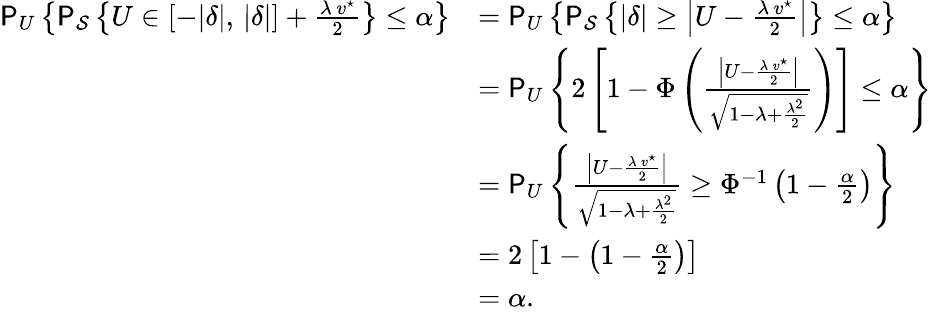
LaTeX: \begin{array}{rl}{\mathsf{P}_{U}\left\{ \mathsf{P}_{\mathcal{S}}\left\{ U\in[-|\delta|,\, |\delta|]+\frac{\lambda\, v^{\star}}{2}\right\} \le\alpha\right\} }&{=\mathsf{P}_{U}\left\{ \mathsf{P}_{\mathcal{S}}\left\{ |\delta|\ge\left|U-\frac{\lambda\, v^{\star}}{2}\right|\right\} \le\alpha\right\} }\\ &{=\mathsf{P}_{U}\left\{ 2\left[1-\Phi\left(\frac{\left|U-\frac{\lambda\, v^{\star}}{2}\right|}{\sqrt{1-\lambda+\frac{\lambda^{2}}{2}}}\right)\right]\le\alpha\right\} }\\ &{=\mathsf{P}_{U}\left\{ \frac{\left|U-\frac{\lambda\, v^{\star}}{2}\right|}{\sqrt{1-\lambda+\frac{\lambda^{2}}{2}}}\ge\Phi^{-1}\left(1-\frac{\alpha}{2}\right)\right\} }\\ &{=2\left[1-\left(1-\frac{\alpha}{2}\right)\right]}\\ &{=\alpha.}\end{array}